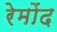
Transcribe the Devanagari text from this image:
रेमोंद